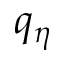
q _ { \eta }